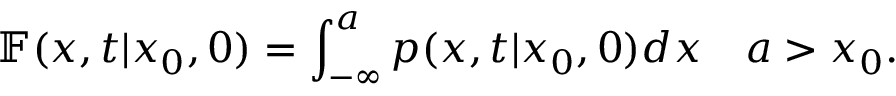
\mathbb { F } ( x , t | x _ { 0 } , 0 ) = \int _ { - \infty } ^ { a } p ( x , t | x _ { 0 } , 0 ) d x \quad a > x _ { 0 } .